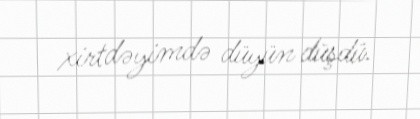
xirtdəyimdə düyün düşdü.